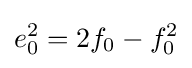
e_{0}^{2}=2f_{0}-f_{0}^{2}